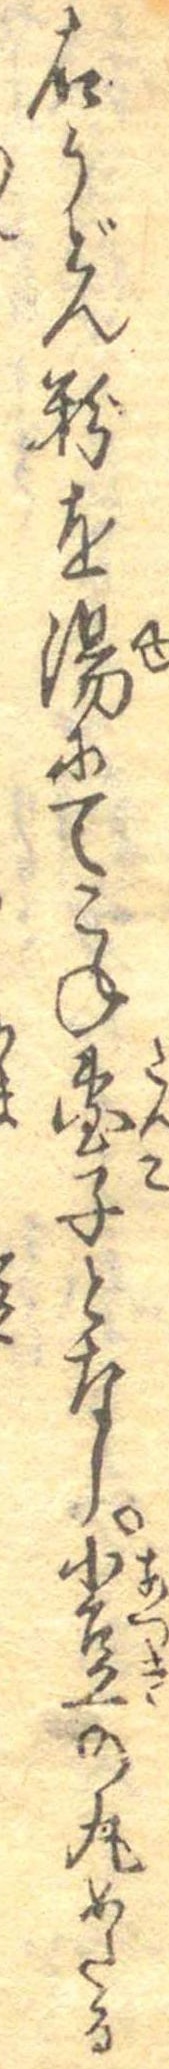
右うどん粉を湯にてこね団子となし小豆の丸めたる